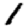
Digit: 1